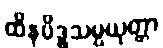
ထိနမိဒ္ဓသမ္ပယုတ္တာ